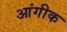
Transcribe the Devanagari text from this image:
आंगीक